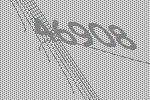
46908